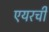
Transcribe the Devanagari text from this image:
एयरची